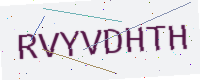
Text: RVYVDHTH